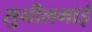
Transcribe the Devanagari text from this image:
सुनीलभाई